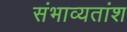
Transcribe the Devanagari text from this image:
संभाव्यतांश